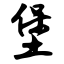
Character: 堡